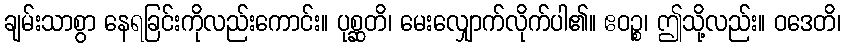
ချမ်းသာစွာ နေရခြင်းကိုလည်းကောင်း။ ပုစ္ဆတိ၊ မေးလျှောက်လိုက်ပါ၏။ ဧဝဉ္စ၊ ဤသို့လည်း။ ဝဒေတိ၊